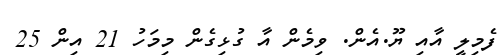
ފެމިލީ އާއި ޔޫ.އެން. ވިމެން އާ ގުޅިގެން މިމަހު 21 އިން 25